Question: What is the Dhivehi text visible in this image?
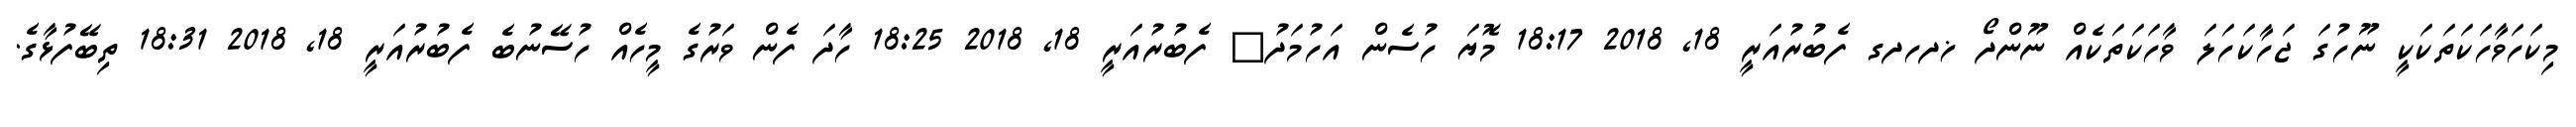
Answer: މިކަހަވާހަކަތަކަކީ ނޫހުގަ ޖަހާކަހަލަ ވާހަކަތަކެއް ނޫންދޯ ޚދހދގ ފެބުރުއަރީ 18, 2018 18:17 މޮޔަ ހުސެން އަހުމަދު? ފެބުރުއަރީ 18, 2018 18:25 ހާދަ ފެން ވަރުގެ މީހެއް ހުސޭނުބެ ފެބުރުއަރީ 18, 2018 18:31 ތިބޭފުޅާގެ.